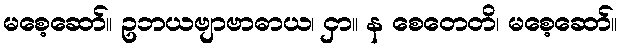
မစေ့ဆော်။ ဥဘယဗျာဗာဓာယ၊ ငှာ။ န စေတေတိ၊ မစေ့ဆော်။